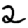
Digit: 2